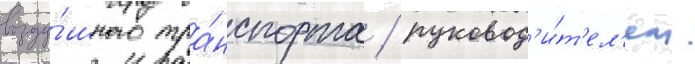
возду́шного тра́нспорта / руковод'и́т'ел'ем